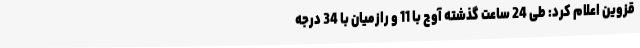
قزوین اعلام کرد: طی 24 ساعت گذشته آوج با 11 و رازمیان با 34 درجه